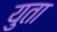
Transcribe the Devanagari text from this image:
युता